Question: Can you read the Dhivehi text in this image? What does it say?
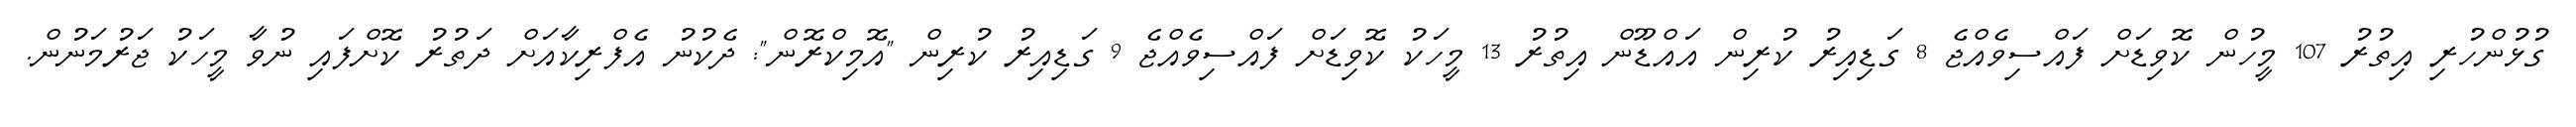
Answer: ގުޅުންހުރި އިތުރު 107 މީހުން ކޮވިޑަށް ފައްސިވެއްޖެ 8 ގަޑިއިރު ކުރިން އައްޑޫން އިތުރު 13 މީހަކު ކޮވިޑަށް ފައްސިވެއްޖެ 9 ގަޑިއިރު ކުރިން "އޮމިކްރޮން": ދެކުނު އެފްރިކާއަށް ދަތުރު ކޮށްފައި ނުވާ މީހަކު ޖަރުމަނުން.